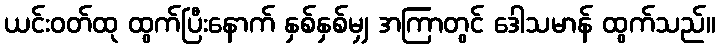
ယင်းဝတ်ထု ထွက်ပြီးနောက် နှစ်နှစ်မျှ အကြာတွင် ဒေါသမာန် ထွက်သည်။